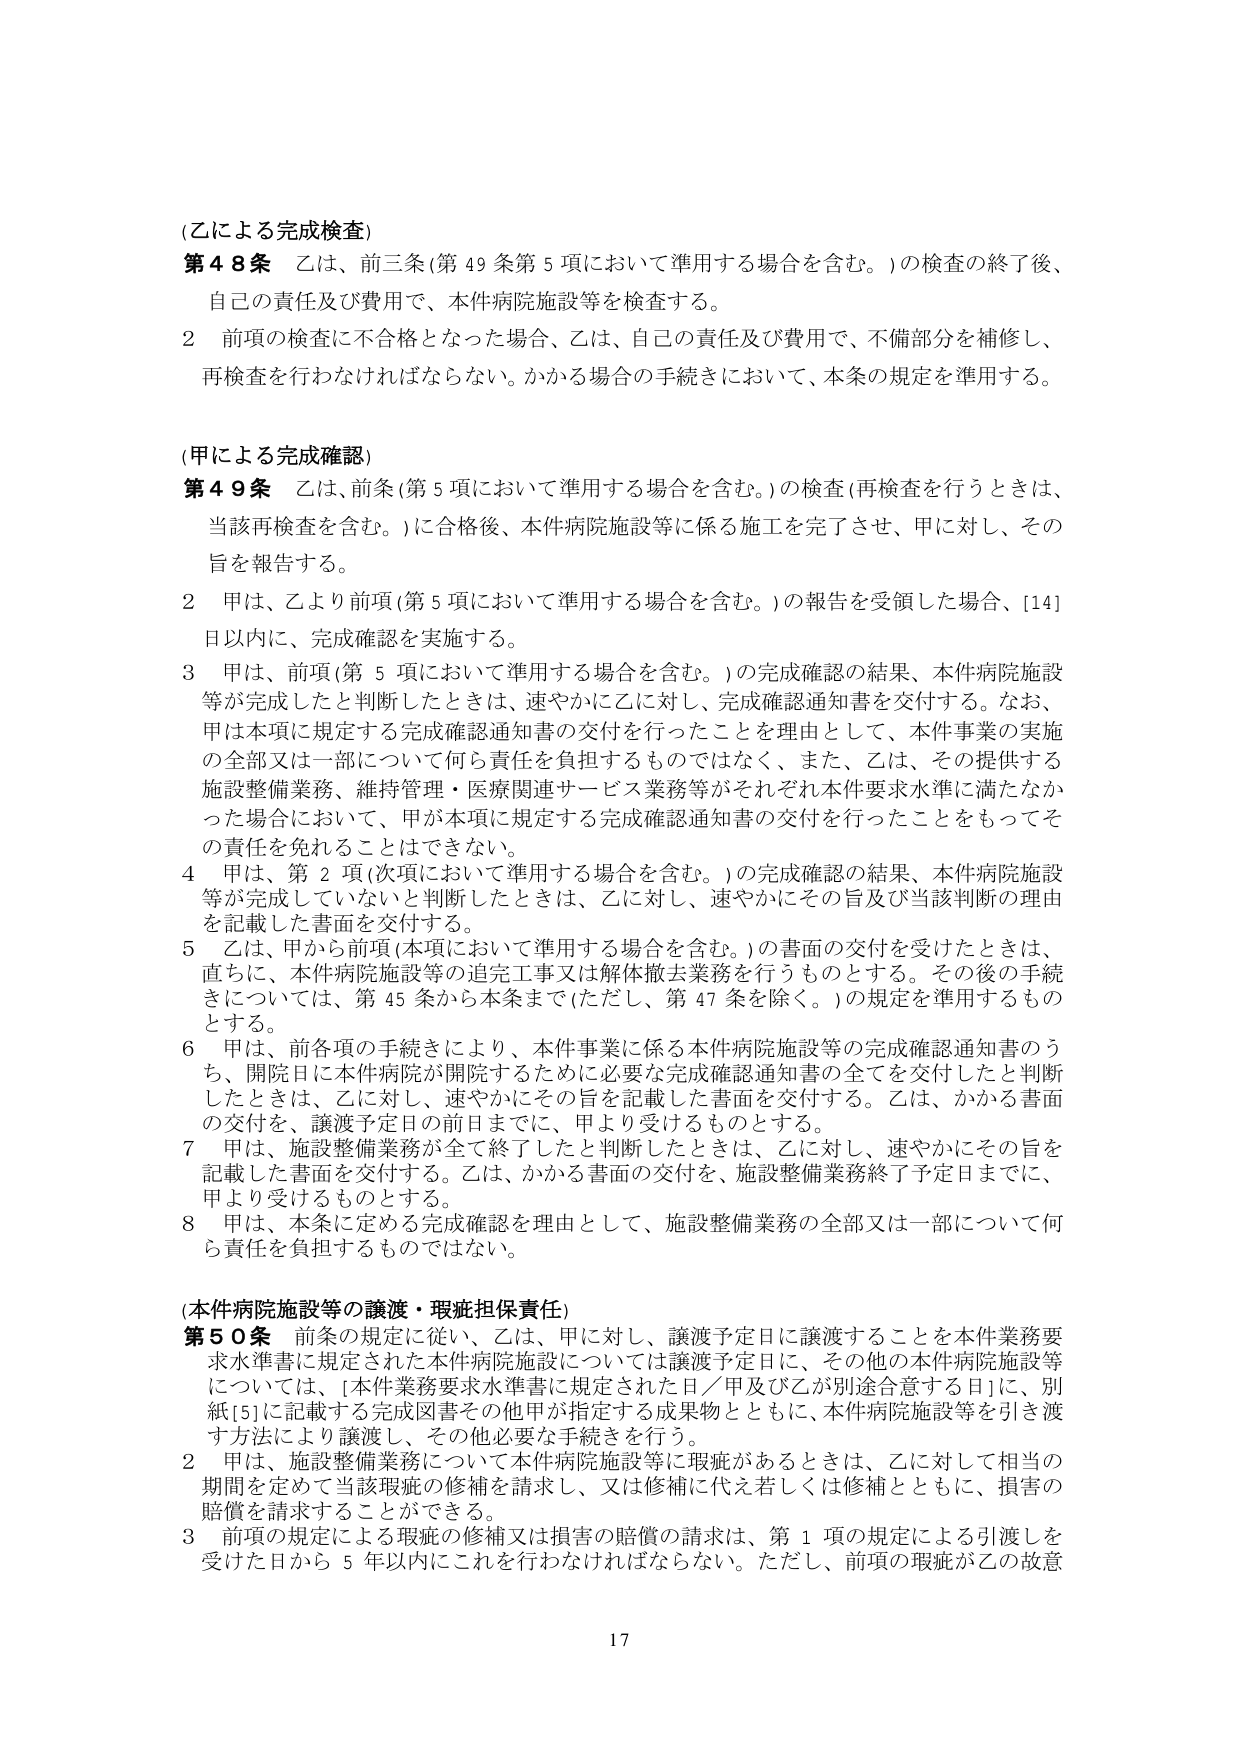
(乙による完成検査)
第48条 乙は、前三条（第49条第5項において準用する場合を含む。）の検査の終了後、
自己の責任及び費用で、本件病院施設等を検査する。
2 前項の検査に不合格となった場合、乙は、自己の責任及び費用で、不備部分を補修し、
再検査を行わなければならない。かかる場合の手続きにおいて、本条の規定を準用する。

(甲による完成確認)
第49条 乙は、前条（第5項において準用する場合を含む。）の検査（再検査を行うときは、
当該再検査を含む。）に合格後、本件病院施設等に係る施工を完了させ、甲に対し、その
旨を報告する。
2 甲は、乙より前項（第5項において準用する場合を含む。）の報告を受領した場合、[14]
日以内に、完成確認を実施する。
3 甲は、前項（第5項において準用する場合を含む。）の完成確認の結果、本件病院施設
等が完成したと判断したときは、速やかに乙に対し、完成確認通知書を交付する。なお、
甲は本項に規定する完成確認通知書の交付を行ったことではなく、また、乙は、その提供する
施設整備業務、維持管理・医療関連サービス業務等がそれぞれ本件要求水準に満たなか
った場合において、甲が本項に規定する完成確認通知書の交付を行ったことをもってそ
の責任を免れることはできない。
4 甲は、第2項（次項において準用する場合を含む。）の完成確認の結果、本件病院施設
等が完成していないと判断したときは、乙に対し、速やかにその旨及び当該判断の理由
を記載した書面を交付する。
5 乙は、甲から前項（本項において準用する場合を含む。）の書面の交付を受けたときは、
直ちに、本件病院施設等の追完工事又は解体撤去業務を行うものとする。その後の手続
きについては、第45条から本条まで（ただし、第47条を除く。）の規定を準用するもの
とする。
6 甲は、前各項の手続きにより、本件事業に係る本件病院施設等の完成確認通知書のう
ち、開院日に本件病院が開院するために必要な完成確認通知書の全てを交付したと判断
したときは、乙に対し、速やかにその旨を記載した書面を交付する。乙は、かかる書面
の交付を、譲渡予定日の前日までに、甲より受けるものとする。
7 甲は、施設整備業務が全て終了したと判断したときは、乙に対し、速やかにその旨を
記載した書面を交付する。乙は、かかる書面の交付を、施設整備業務終了予定日までに、
甲より受けるものとする。
8 甲は、本条に定める完成確認を理由として、施設整備業務の全部又は一部について何
ら責任を負担するものではない。

(本件病院施設等の譲渡・瑕疵担保責任)
第50条 前条の規定に従い、乙は、甲に対し、譲渡予定日に譲渡することを本件業務要
求水準書に規定された本件病院施設については譲渡予定日に、その他の本件病院施設等
については、[本件業務要求水準書に規定された日／甲及び乙が別途合意する日]に、別
紙[5]に記載する完成図書その他甲が指定する成果物とともに、本件病院施設等を引き渡
す方法により譲渡し、その他必要な手続きを行う。
2 甲は、施設整備業務について本件病院施設等に瑕疵があるときは、乙に対して相当の
期間を定めて当該瑕疵の修補を請求し、又は修補に代え若しくは修補とともに、損害の
賠償を請求することができる。
3 前項の規定による瑕疵の修補又は損害の賠償の請求は、第1項の規定による引渡しを
受けた日から5年以内にこれを行わなければならない。ただし、前項の瑕疵が乙の故意

17